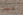
غير